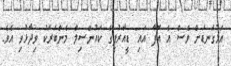
އަޅުގަނޑަށް ވެސް އެ އޮފާ އައި" ޑީއާރުޕީގެ ކައުންސިލް މެންބަރަކު ވިދާޅުވި އެވެ.